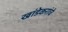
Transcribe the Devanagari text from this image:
खांडेकरांचे